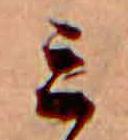
ミ